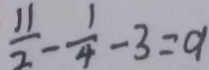
\frac { 1 1 } { 2 } - \frac { 1 } { 4 } - 3 = 9